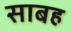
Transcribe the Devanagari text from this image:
साबह